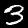
Digit: 3